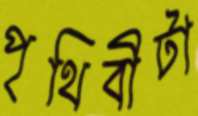
পৃথিবীটা